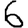
Digit: 6